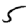
Digit: 5